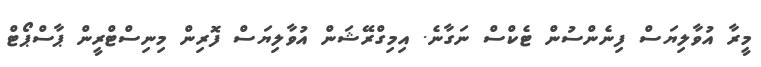
މީރާ އުވާލިޔަސް ފިނެންސުން ޓެކްސް ނަގާނެ. އިމިގްރޭޝަން އުވާލިޔަސް ފޮރިން މިނިސްޓްރީން ޕާސްޕޯޓް